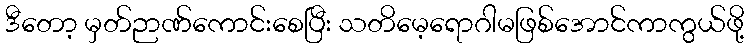
ဒီတော့ မှတ်ဉာဏ်ကောင်းစေပြီး သတိမေ့ရောဂါမဖြစ်အောင်ကာကွယ်ဖို့